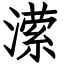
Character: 潆